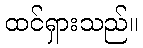
ထင်ရှားသည်။